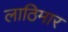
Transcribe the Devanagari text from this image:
लाठिमार